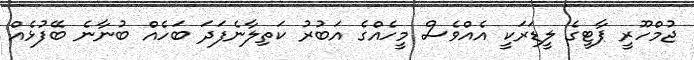
ޖުމްހޫރީ ޕާޓީގެ ލީޑަރަކީ އެއްވެސް މީހެއްގެ އަބުރު ކަތިލާނެފަދަ ބަހެއް ބުނާނެ ބޭފުޅެއް